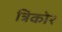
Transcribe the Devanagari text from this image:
त्रिकोर